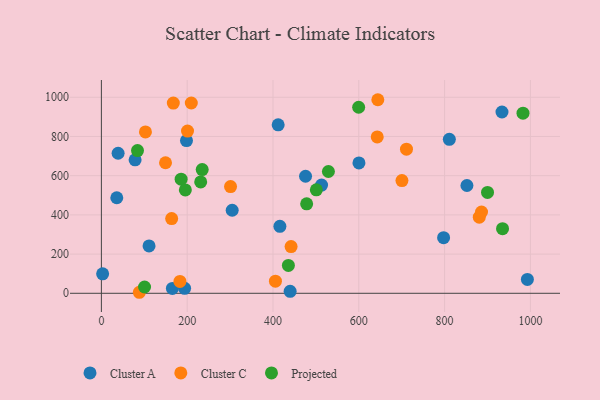
{"axis": {"x": "Engine Size", "y": "Sales"}, "legend": ["Cluster A", "Cluster C", "Projected"], "data": [{"x": "513.2", "y": 551.9, "type": "Cluster A"}, {"x": "811.1", "y": 785.5, "type": "Cluster A"}, {"x": "600.4", "y": 665.0, "type": "Cluster A"}, {"x": "165.5", "y": 24.7, "type": "Cluster A"}, {"x": "852.1", "y": 549.9, "type": "Cluster A"}, {"x": "440.0", "y": 10.3, "type": "Cluster A"}, {"x": "993.0", "y": 70.5, "type": "Cluster A"}, {"x": "933.8", "y": 924.9, "type": "Cluster A"}, {"x": "111.1", "y": 241.8, "type": "Cluster A"}, {"x": "797.7", "y": 283.8, "type": "Cluster A"}, {"x": "198.4", "y": 779.0, "type": "Cluster A"}, {"x": "304.9", "y": 423.5, "type": "Cluster A"}, {"x": "475.9", "y": 597.1, "type": "Cluster A"}, {"x": "2.9", "y": 99.4, "type": "Cluster A"}, {"x": "39.0", "y": 714.4, "type": "Cluster A"}, {"x": "78.6", "y": 680.6, "type": "Cluster A"}, {"x": "416.1", "y": 341.8, "type": "Cluster A"}, {"x": "35.9", "y": 487.4, "type": "Cluster A"}, {"x": "412.1", "y": 859.4, "type": "Cluster A"}, {"x": "194.0", "y": 25.4, "type": "Cluster A"}, {"x": "167.7", "y": 970.5, "type": "Cluster C"}, {"x": "405.7", "y": 61.7, "type": "Cluster C"}, {"x": "442.2", "y": 238.2, "type": "Cluster C"}, {"x": "880.9", "y": 388.4, "type": "Cluster C"}, {"x": "700.6", "y": 575.1, "type": "Cluster C"}, {"x": "102.7", "y": 823.2, "type": "Cluster C"}, {"x": "643.0", "y": 797.8, "type": "Cluster C"}, {"x": "209.6", "y": 970.6, "type": "Cluster C"}, {"x": "183.1", "y": 60.3, "type": "Cluster C"}, {"x": "163.8", "y": 381.2, "type": "Cluster C"}, {"x": "301.1", "y": 544.2, "type": "Cluster C"}, {"x": "88.5", "y": 5.2, "type": "Cluster C"}, {"x": "711.2", "y": 735.3, "type": "Cluster C"}, {"x": "200.8", "y": 827.4, "type": "Cluster C"}, {"x": "149.5", "y": 665.9, "type": "Cluster C"}, {"x": "886.1", "y": 414.6, "type": "Cluster C"}, {"x": "644.4", "y": 987.4, "type": "Cluster C"}, {"x": "529.2", "y": 621.4, "type": "Projected"}, {"x": "900.1", "y": 514.7, "type": "Projected"}, {"x": "982.8", "y": 918.8, "type": "Projected"}, {"x": "599.7", "y": 949.1, "type": "Projected"}, {"x": "478.5", "y": 456.2, "type": "Projected"}, {"x": "185.9", "y": 582.0, "type": "Projected"}, {"x": "100.6", "y": 32.2, "type": "Projected"}, {"x": "501.1", "y": 528.0, "type": "Projected"}, {"x": "231.5", "y": 568.3, "type": "Projected"}, {"x": "195.7", "y": 527.1, "type": "Projected"}, {"x": "235.0", "y": 631.0, "type": "Projected"}, {"x": "84.2", "y": 728.0, "type": "Projected"}, {"x": "935.1", "y": 329.4, "type": "Projected"}, {"x": "435.9", "y": 142.0, "type": "Projected"}]}